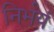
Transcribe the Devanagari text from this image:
निर्भयं